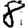
Digit: 8